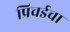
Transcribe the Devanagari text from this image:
प्रिचर्डचा